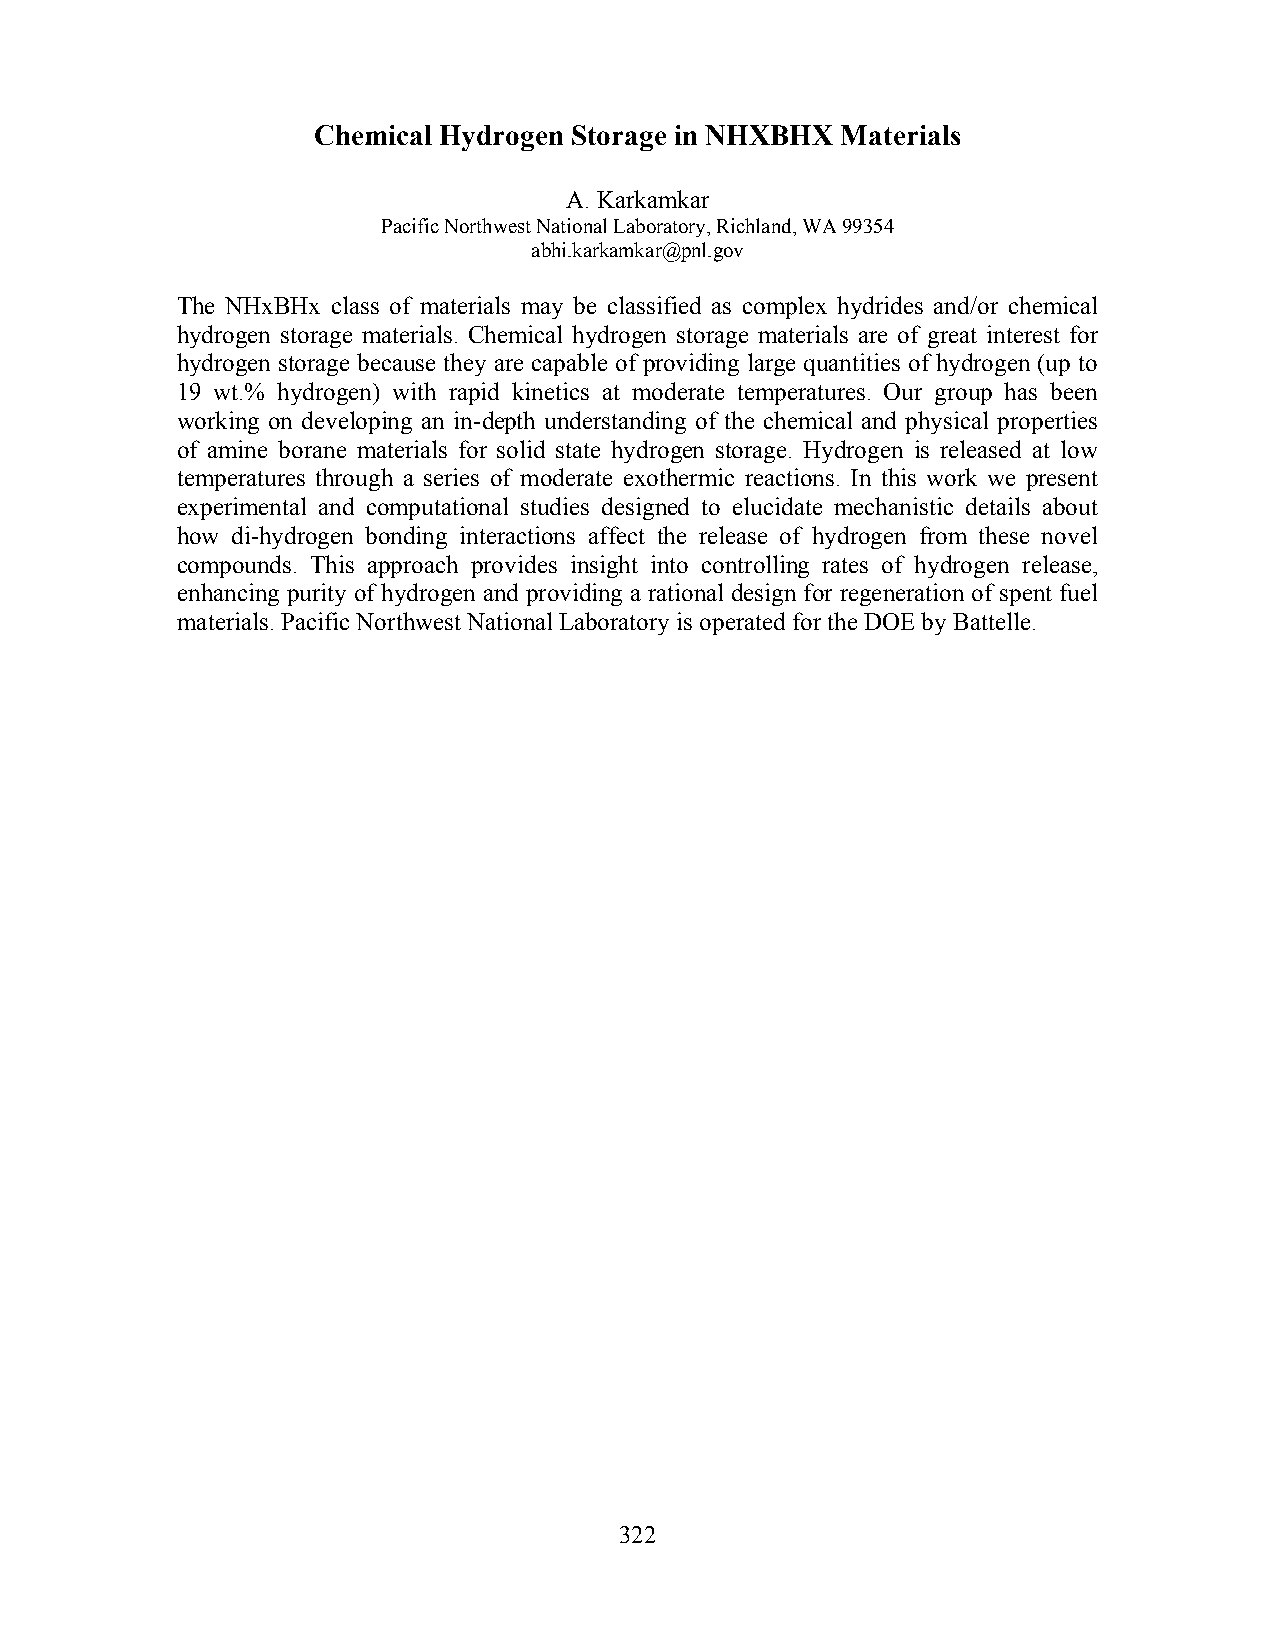
Chemical Hydrogen Storage in NHXBHX Materials
 A. Karkamkar
 Pacific Northwest National Laboratory, Richland, WA 99354
 abhi.karkamkar@pnl.gov
 The NHxBHx class of materials may be classified as complex hydrides and/or chemical
 hydrogen storage materials. Chemical hydrogen storage materials are of great interest for
 hydrogen storage because they are capable of providing large quantities of hydrogen (up to
 19 wt.% hydrogen) with rapid kinetics at moderate temperatures. Our group has been
 working on developing an in-depth understanding of the chemical and physical properties
 of amine borane materials for solid state hydrogen storage. Hydrogen is released at low
 temperatures through a series of moderate exothermic reactions. In this work we present
 experimental and computational studies designed to elucidate mechanistic details about
 how di-hydrogen bonding interactions affect the release of hydrogen from these novel
 compounds. This approach provides insight into controlling rates of hydrogen release,
 enhancing purity of hydrogen and providing a rational design for regeneration of spent fuel
 materials. Pacific Northwest National Laboratory is operated for the DOE by Battelle.
 322